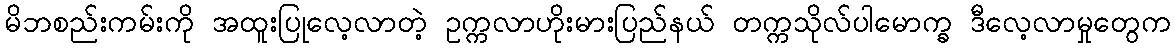
မိဘစည်းကမ်းကို အထူးပြုလေ့လာတဲ့ ဥက္ကလာဟိုးမားပြည်နယ် တက္ကသိုလ်ပါမောက္ခ ဒီလေ့လာမှုတွေက